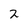
Character: 2